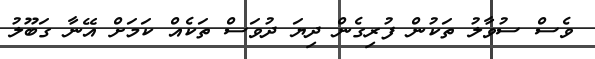
ވެސް ސުވާލު ތަކުން ފުރިގެން ދިޔަ ދުވަސް ތަކެއް ކަމަށް އޭނާ ގަބޫލު